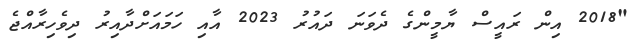
"2018 އިން ރައީސް ޔާމީންގެ ދެވަނަ ދައުރު 2023 އާއި ހަމައަށްދާއިރު ދިވެހިރާއްޖެ